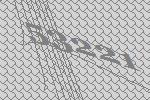
53221